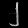
Digit: ၂